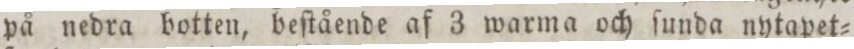
på nedra botten, beſtående af 3 warma och ſunda nytapet=